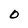
Character: O